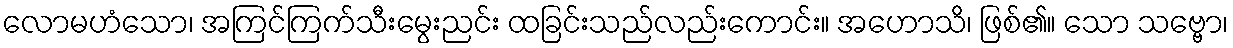
လောမဟံသော၊ အကြင်ကြက်သီးမွေးညင်း ထခြင်းသည်လည်းကောင်း။ အဟောသိ၊ ဖြစ်၏။ သော သဗ္ဗော၊